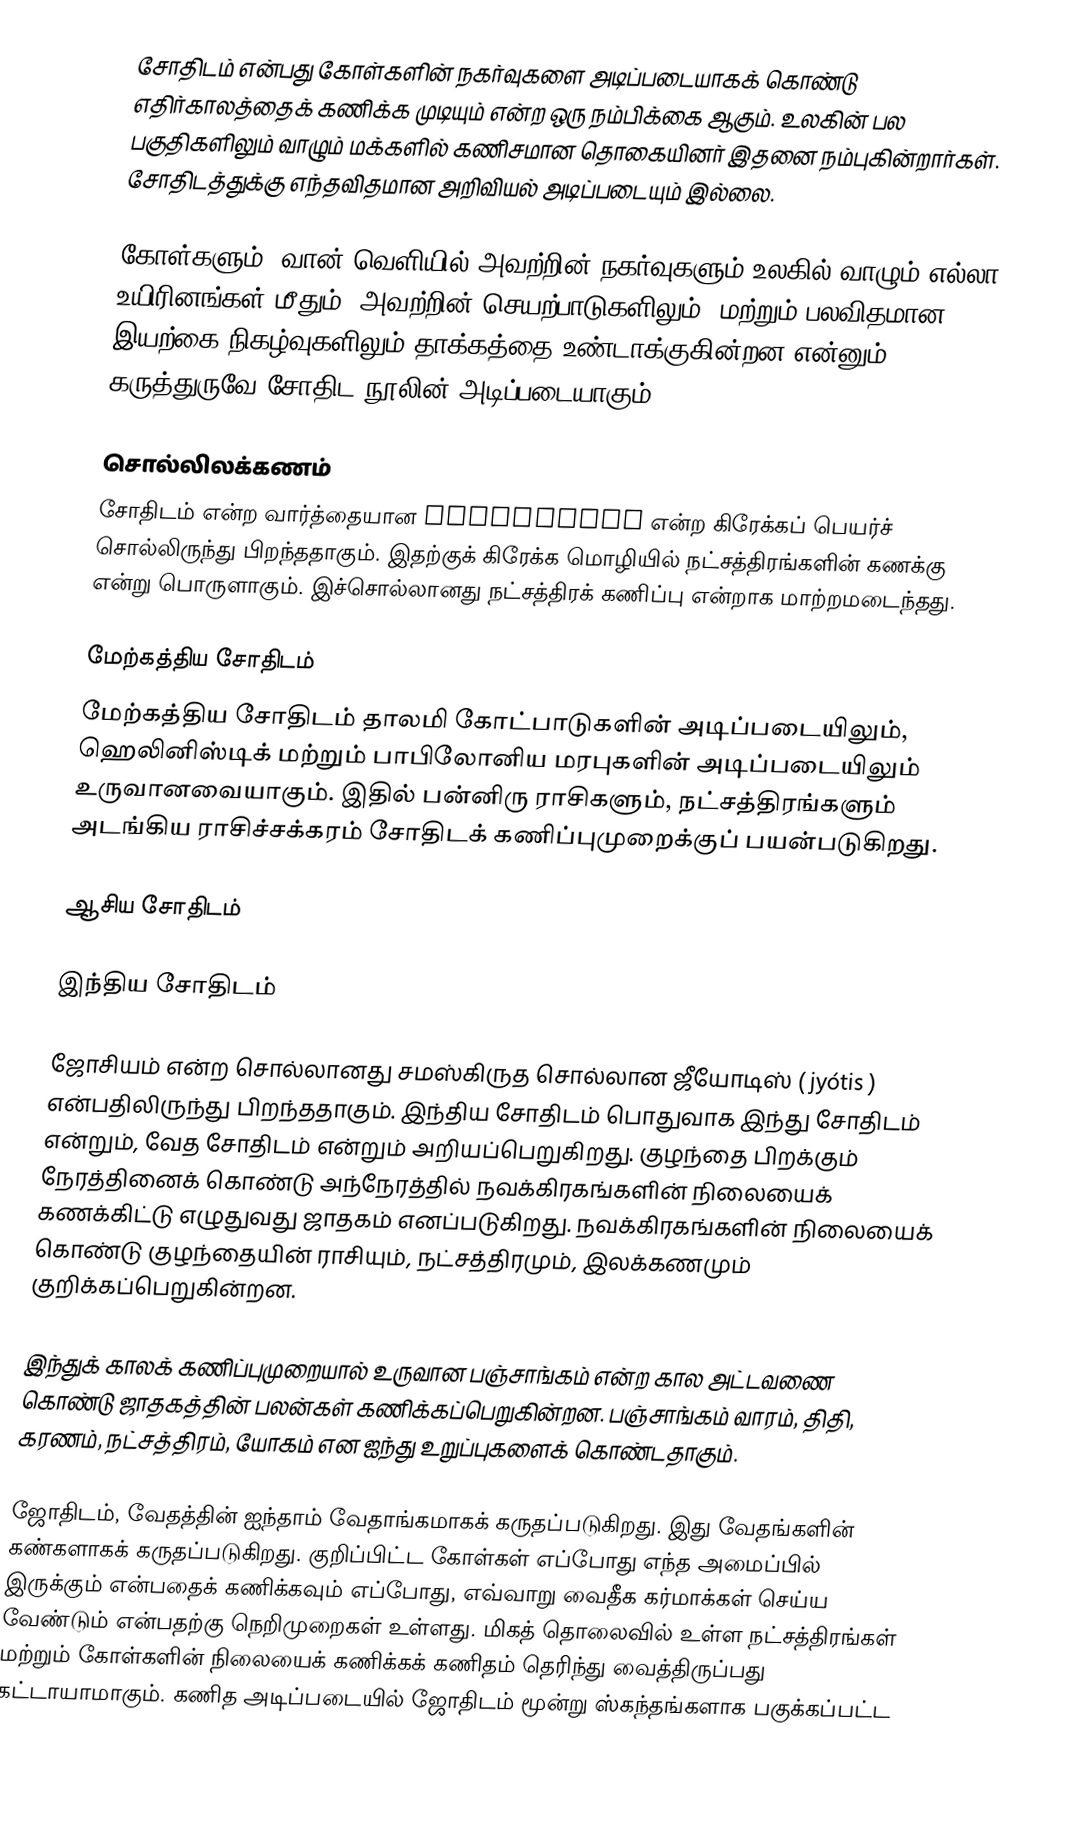
சோதிடம் என்பது கோள்களின் நகர்வுகளை அடிப்படையாகக் கொண்டு எதிர்காலத்தைக் கணிக்க முடியும் என்ற ஒரு நம்பிக்கை ஆகும்.  உலகின் பல பகுதிகளிலும் வாழும் மக்களில் கணிசமான தொகையினர் இதனை நம்புகின்றார்கள்.  சோதிடத்துக்கு எந்தவிதமான அறிவியல் அடிப்படையும் இல்லை.

கோள்களும், வான் வெளியில் அவற்றின் நகர்வுகளும் உலகில் வாழும் எல்லா உயிரினங்கள் மீதும், அவற்றின் செயற்பாடுகளிலும், மற்றும் பலவிதமான இயற்கை நிகழ்வுகளிலும் தாக்கத்தை உண்டாக்குகின்றன என்னும் கருத்துருவே சோதிட நூலின் அடிப்படையாகும்.

சொல்லிலக்கணம்
சோதிடம் என்ற வார்த்தையான ἀστρολογία என்ற கிரேக்கப் பெயர்ச் சொல்லிருந்து பிறந்ததாகும். இதற்குக் கிரேக்க மொழியில் நட்சத்திரங்களின் கணக்கு என்று பொருளாகும். இச்சொல்லானது நட்சத்திரக் கணிப்பு என்றாக மாற்றமடைந்தது.

மேற்கத்திய சோதிடம்
மேற்கத்திய சோதிடம் தாலமி கோட்பாடுகளின் அடிப்படையிலும், ஹெலினிஸ்டிக் மற்றும் பாபிலோனிய மரபுகளின் அடிப்படையிலும் உருவானவையாகும். இதில் பன்னிரு ராசிகளும், நட்சத்திரங்களும் அடங்கிய ராசிச்சக்கரம் சோதிடக் கணிப்புமுறைக்குப் பயன்படுகிறது.

ஆசிய சோதிடம்

இந்திய சோதிடம்

ஜோசியம் என்ற சொல்லானது சமஸ்கிருத சொல்லான ஜீயோடிஸ் ( jyótis ) என்பதிலிருந்து பிறந்ததாகும். இந்திய சோதிடம் பொதுவாக இந்து சோதிடம் என்றும், வேத சோதிடம் என்றும் அறியப்பெறுகிறது. குழந்தை பிறக்கும் நேரத்தினைக் கொண்டு அந்நேரத்தில் நவக்கிரகங்களின் நிலையைக் கணக்கிட்டு எழுதுவது ஜாதகம் எனப்படுகிறது. நவக்கிரகங்களின் நிலையைக் கொண்டு குழந்தையின் ராசியும், நட்சத்திரமும், இலக்கணமும் குறிக்கப்பெறுகின்றன.

இந்துக் காலக் கணிப்புமுறையால் உருவான பஞ்சாங்கம் என்ற கால அட்டவணை கொண்டு ஜாதகத்தின் பலன்கள் கணிக்கப்பெறுகின்றன. பஞ்சாங்கம் வாரம், திதி, கரணம், நட்சத்திரம், யோகம் என ஐந்து உறுப்புகளைக் கொண்டதாகும்.

ஜோதிடம், வேதத்தின் ஐந்தாம் வேதாங்கமாகக் கருதப்படுகிறது. இது வேதங்களின் கண்களாகக் கருதப்படுகிறது. குறிப்பிட்ட  கோள்கள் எப்போது எந்த அமைப்பில் இருக்கும் என்பதைக் கணிக்கவும் எப்போது, எவ்வாறு  வைதீக கர்மாக்கள் செய்ய வேண்டும் என்பதற்கு நெறிமுறைகள் உள்ளது. மிகத் தொலைவில் உள்ள நட்சத்திரங்கள் மற்றும் கோள்களின் நிலையைக் கணிக்கக் கணிதம் தெரிந்து வைத்திருப்பது கட்டாயாமாகும். கணித அடிப்படையில் ஜோதிடம் மூன்று  ஸ்கந்தங்களாக பகுக்கப்பட்ட